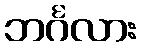
ဘင်္ဂလား